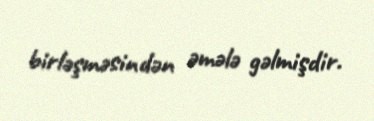
birləşməsindən əmələ gəlmişdir.